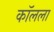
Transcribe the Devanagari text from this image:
कॉलला